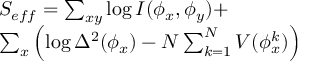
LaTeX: \begin{array} { l } { { S _ { e f f } = \sum _ { x y } \log I ( \phi _ { x } , \phi _ { y } ) + } } \\ { { \sum _ { x } \left( \log \Delta ^ { 2 } ( \phi _ { x } ) - N \sum _ { k = 1 } ^ { N } V ( \phi _ { x } ^ { k } ) \right) } } \end{array}